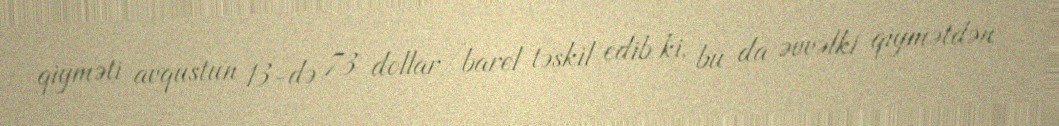
qiyməti avqustun 13-də 73 dollar/barel təşkil edib ki, bu da əvvəlki qiymətdən